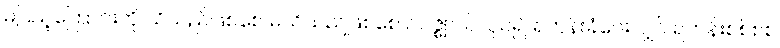
မပြည့်ကြောင်းကို သိသည်ဖြစ်စေ မသိသည်ဖြစ်စေ ဥပဇ္ဈာယ်လုပ်၍ ရဟန်းခံပေးလျှင် ရဟန်းစစ်စစ်